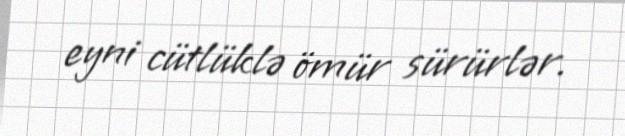
eyni cütlüklə ömür sürürlər.